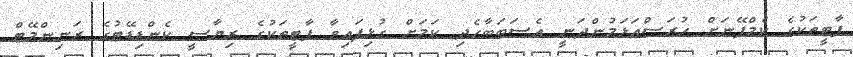
ޕާޓީތަކުގެ ކެމްޕޭނަށް ހުރަސްއަޅަމުންދަނީ އެސަބަބާހެދި ކަމަށް ގުޅިފައިވާ ޕާޓީތަކުގެ ރިޔާސީ ކެންޑިޑޭޓުގެ ރަނިންމޭޓް